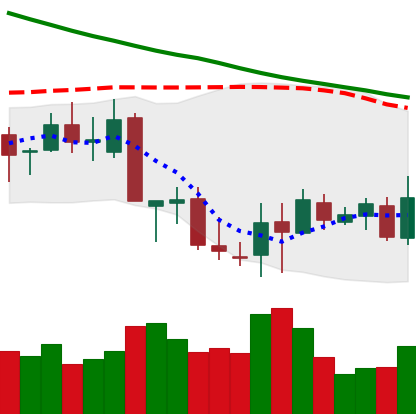
Ticker: XLM-USD
Chart end date: 2018-09-18
Forward return: 35.055%
Label: up_7plus